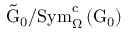
\tilde { \mathrm { G } } _ { 0 } / \mathrm { S y m } _ { \Omega } ^ { \mathrm { c } } \left( \mathrm { G } _ { 0 } \right)